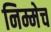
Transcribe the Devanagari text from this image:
निम्मेच